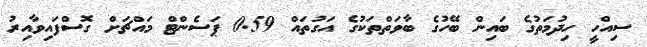
ސިއްހީ ހިދުމަތުގެ ބައިން ބޭހުގެ ބާވަތްތަކުގެ އަގުތައް 0.59 ޕަސެންޓް މައްޗަށް ގޮސްފައިވާއިރު